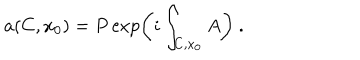
LaTeX: a ( C , x _ { 0 } ) = P \exp \left( i \int _ { C , x _ { 0 } } A \right) ~ .